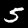
Digit: 5